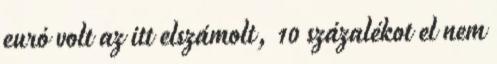
euró volt az itt elszámolt, 10 százalékot el nem